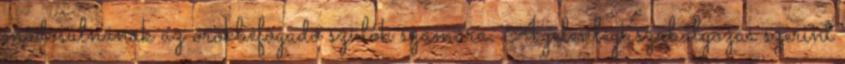
módosulnának az örökbefogadó szülők számára. A jelenlegi szabályozás szerint